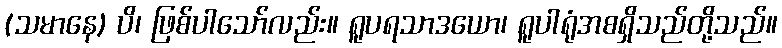
(သမာနေ) ပိ၊ ဖြစ်ပါသော်လည်း။ ရူပရသာဒယော၊ ရူပါရုံအစရှိသည်တို့သည်။